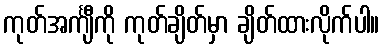
ကုတ်အင်္ကျီကို ကုတ်ချိတ်မှာ ချိတ်ထားလိုက်ပါ။